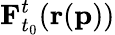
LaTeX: \mathbf{F}_{t_{0}}^{t}(\mathbf{r}(\mathbf{p}))